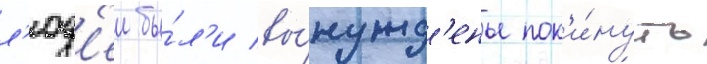
л'юд'еи бы́л'и вы́нужд'ены пок'и́нуть